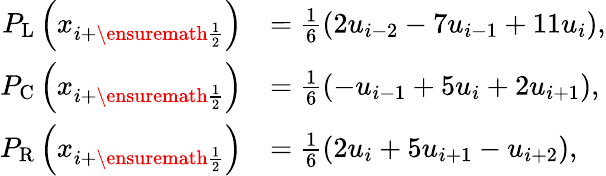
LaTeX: \begin{array}{rl}{P_{\mathrm{L}}\left(x_{i+\ensuremath{{\frac{1}{2}}}}\right)}&{=\frac{1}{6}(2u_{i-2}-7u_{i-1}+11u_{i}),}\\ {P_{\mathrm{C}}\left(x_{i+\ensuremath{{\frac{1}{2}}}}\right)}&{=\frac{1}{6}(-u_{i-1}+5u_{i}+2u_{i+1}),}\\ {P_{\mathrm{R}}\left(x_{i+\ensuremath{{\frac{1}{2}}}}\right)}&{=\frac{1}{6}(2u_{i}+5u_{i+1}-u_{i+2}),}\end{array}